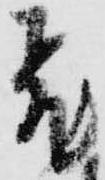
飛